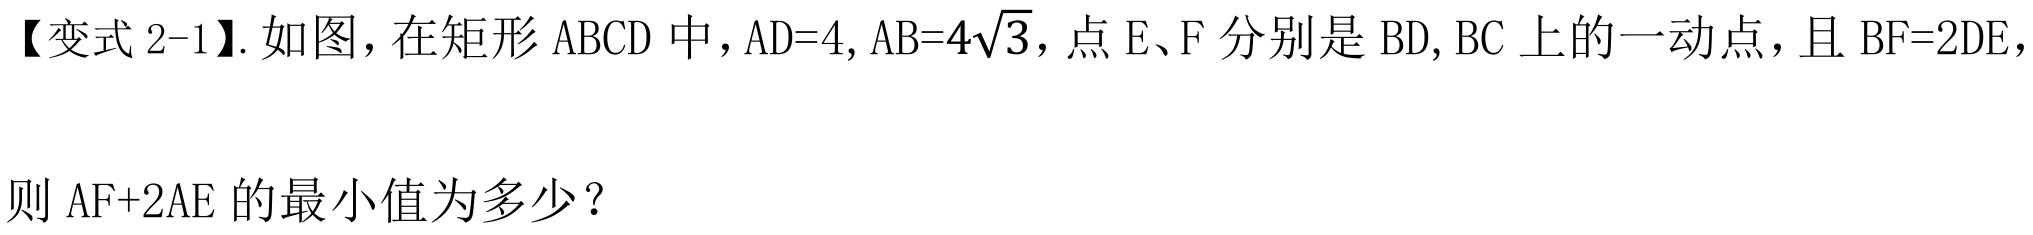
【变式 2-1】. 如图，在矩形 \(ABCD\) 中，\(AD = 4\)，\(AB = 4\sqrt{3}\)，点 \(E\)、\(F\) 分别是 \(BD\)，\(BC\) 上的一动点，且 \(BF = 2DE\)，
则 \(AF + 2AE\) 的最小值为多少？